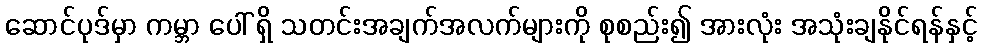
ဆောင်ပုဒ်မှာ ကမ္ဘာ ပေါ် ရှိ သတင်းအချက်အလက်များကို စုစည်း၍ အားလုံး အသုံးချနိုင်ရန်နှင့်